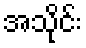
အသိုင်း